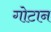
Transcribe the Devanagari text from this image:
गोटान